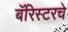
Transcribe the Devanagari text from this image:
बॅरिस्टरचे